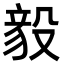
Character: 𬆫